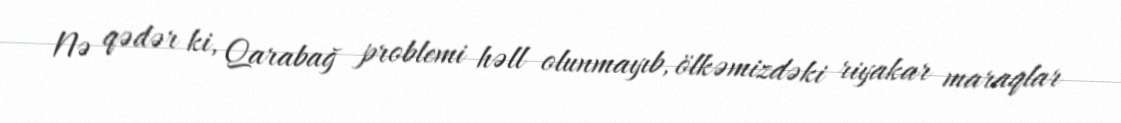
Nə qədər ki, Qarabağ problemi həll olunmayıb, ölkəmizdəki riyakar maraqlar